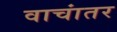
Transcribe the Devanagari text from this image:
वाचांतर